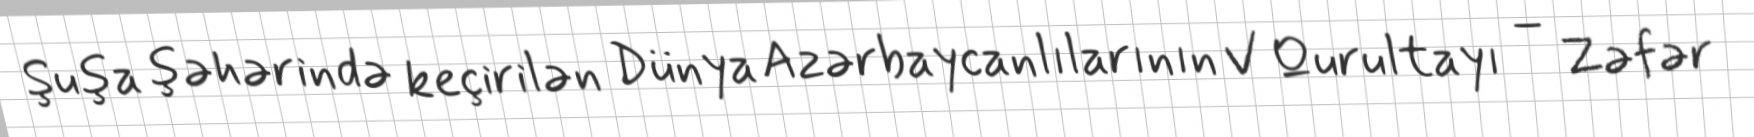
Şuşa şəhərində keçirilən Dünya Azərbaycanlılarının V Qurultayı – Zəfər